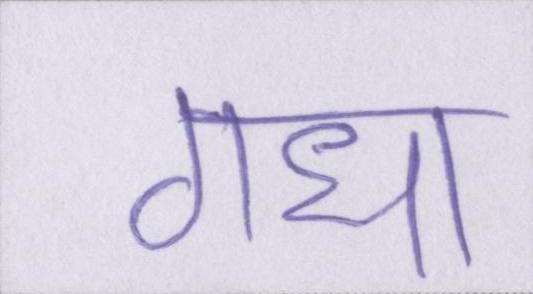
गधा